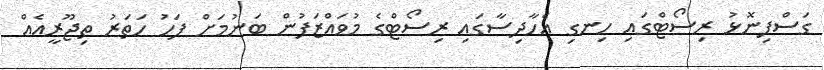
ގަސްފިނޮޅު ރިސޯޓްގައި ހިނގި އެހާދިސާގައި ރިސޯޓްގެ މުވައްޒަފުން ބަނުމަށް ފަހު ހަތަރު ތިޖޫރީއެއް